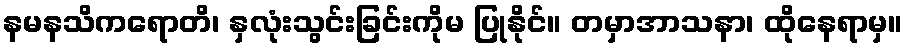
နမနသိကရောတိ၊ နှလုံးသွင်းခြင်းကိုမ ပြုနိုင်။ တမှာအာသနာ၊ ထိုနေရာမှ။